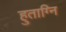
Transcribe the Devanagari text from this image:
हुताग्नि